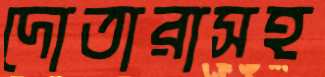
দোতারাসহ